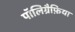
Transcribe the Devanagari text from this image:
पॉलिग्रैफ़िया